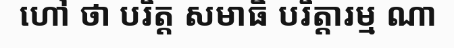
ហៅ ថា បរិត្ត សមាធិ បរិត្តារម្ម ណា